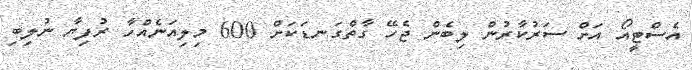
އެސްޓީއޯ އަށް ސަރުކާރުން ލިބެން ޖެހޭ ގާތްގަނޑަކަށް 600 މިލިއަނެއްހާ ރުފިޔާ ނުލިބި